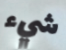
شيء